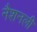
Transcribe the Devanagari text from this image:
नैशनली